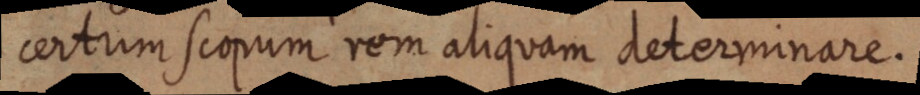
certum scopum rrm aliquam determinare.